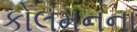
કોલમનના